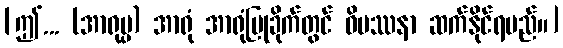
[ဤ... (အာရုပ္ပ) အာရုံ အာရုံပြုခိုက်တွင် ဝိပဿနာ ဆက်နိုင်ရမည်။]